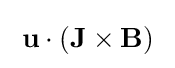
\;\mathbf {u} \cdot (\mathbf {J} \times \mathbf {B} )\;